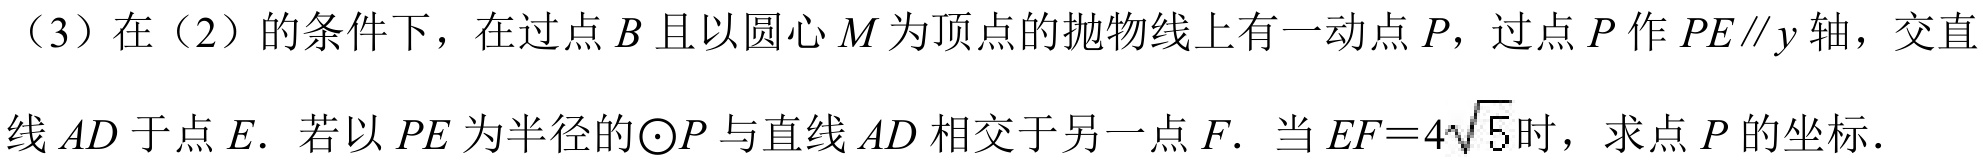
（3）在（2）的条件下，在过点\(B\)且以圆心\(M\)为顶点的抛物线上有一动点\(P\)，过点\(P\)作\(PE\parallel y\)轴，交直线\(AD\)于点\(E\). 若以\(PE\)为半径的\(\odot P\)与直线\(AD\)相交于另一点\(F\). 当\(EF = 4\sqrt{5}\)时，求点\(P\)的坐标.